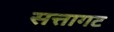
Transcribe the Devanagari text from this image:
सत्तागट